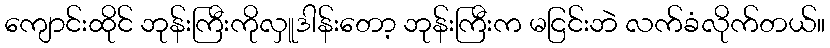
ကျောင်းထိုင် ဘုန်းကြီးကိုလှူဒါန်းတော့ ဘုန်းကြီးက မငြင်းဘဲ လက်ခံလိုက်တယ်။